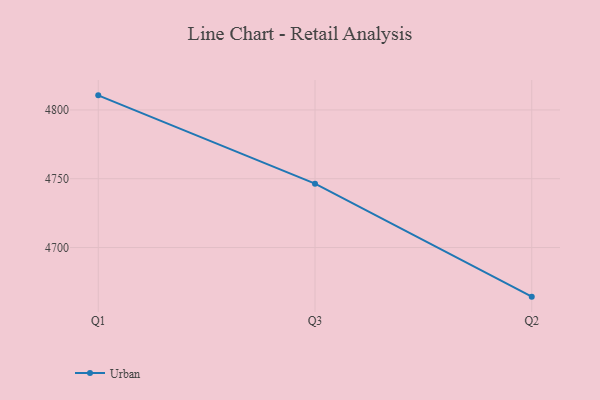
{"axis": {"x": "Quarter", "y": "Headcount"}, "legend": ["Urban"], "data": [{"x": "Q1", "y": 4810.6, "type": "Urban"}, {"x": "Q3", "y": 4746.4, "type": "Urban"}, {"x": "Q2", "y": 4664.3, "type": "Urban"}]}